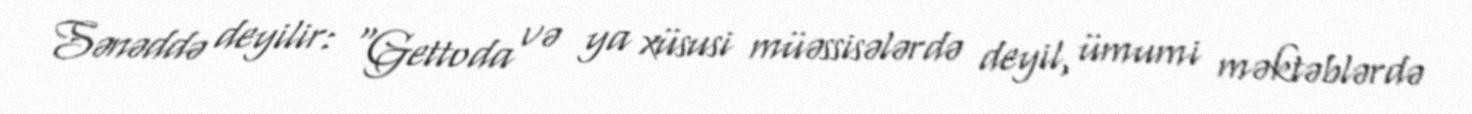
Sənəddə deyilir: "Gettoda və ya xüsusi müəssisələrdə deyil, ümumi məktəblərdə